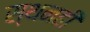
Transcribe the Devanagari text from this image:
स्थनही